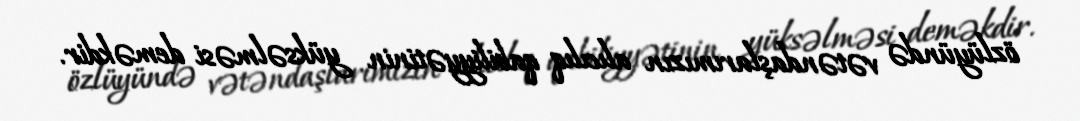
özlüyündə vətəndaşlarımızın alıcılıq qabiliyyətinin yüksəlməsi deməkdir.